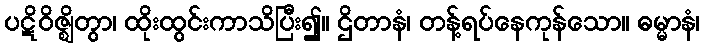
ပဋိဝိဇ္ဈိတွာ၊ ထိုးထွင်းကာသိပြီး၍။ ဌိတာနံ၊ တန့်ရပ်နေကုန်သော။ ဓမ္မာနံ၊